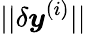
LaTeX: ||\delta\boldsymbol{y}^{(i)}||